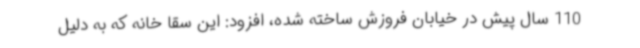
110 سال پیش در خیابان فروزش ساخته شده، افزود: این سقا خانه که به دلیل